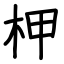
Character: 柙